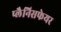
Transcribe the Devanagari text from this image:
प्लैनिसफेयर